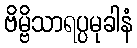
ဗိမ္ဗိသာရပ္ပမုခါနံ